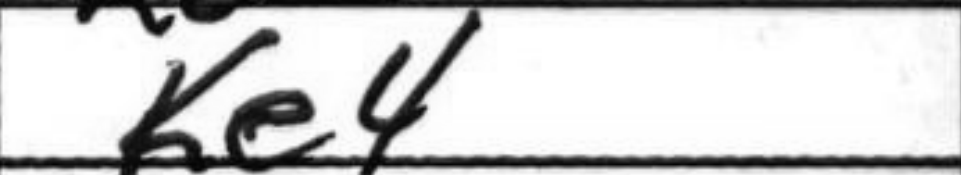
Transcription: Ke4